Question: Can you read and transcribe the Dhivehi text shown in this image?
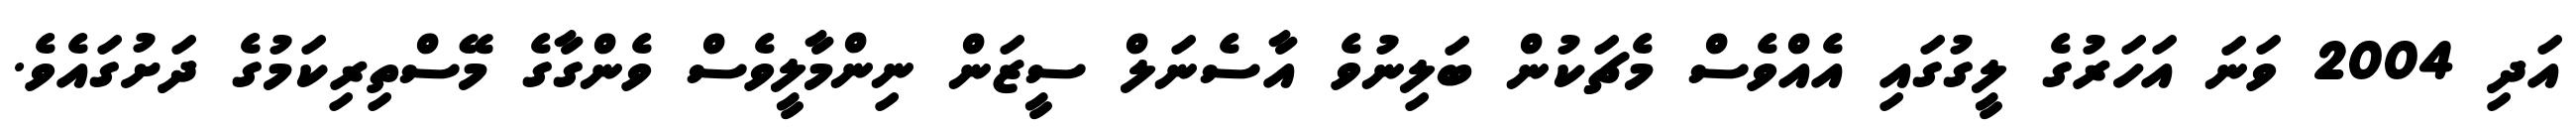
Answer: އަދި 2004 ވަނަ އަހަރުގެ ލީގުގައި އެއްވެސް މެޗަކުން ބަލިނުވެ އާސެނަލް ސީޒަން ނިންމާލީވެސް ވެންގާގެ މޭސްތިރިކަމުގެ ދަށުގައެވެ.